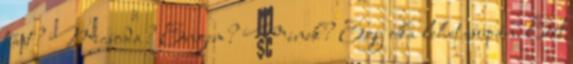
tűnt? Micsoda? Engem? Minek? Egy oka lehet csupán. Ezt